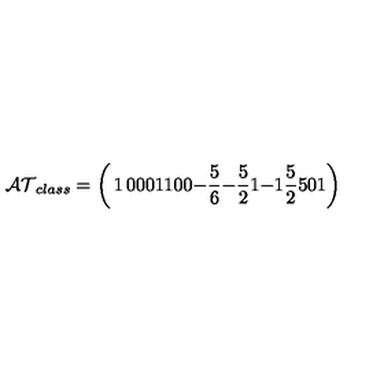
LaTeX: { \cal A T } _ { c l a s s } = \left( \begin{matrix} { 1 } & { 0 } & { 0 } & { 0 } \\ { 1 } & { 1 } & { 0 } & { 0 } \\ { - { \frac { 5 } { 6 } } } & { - { \frac { 5 } { 2 } } } & { 1 } & { - 1 } \\ { { \frac { 5 } { 2 } } } & { 5 } & { 0 } & { 1 } \\ \end{matrix} \right)